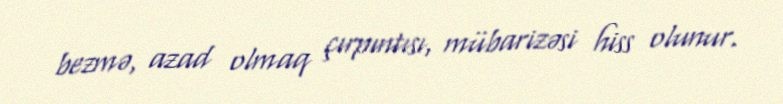
bezmə, azad olmaq çırpıntısı, mübarizəsi hiss olunur.